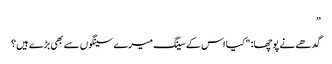
”
گدھے نے پوچھا: "کیا اس کے سینگ میرے سینگوں سے بھی بڑے ہیں؟